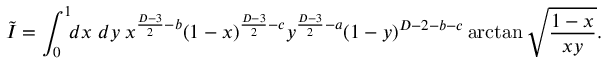
\tilde { I } = \int _ { 0 } ^ { 1 } \! \! d x \; d y \; x ^ { \frac { D - 3 } { 2 } - b } ( 1 - x ) ^ { \frac { D - 3 } { 2 } - c } y ^ { \frac { D - 3 } { 2 } - a } ( 1 - y ) ^ { D - 2 - b - c } \arctan \sqrt { \frac { 1 - x } { x y } } .